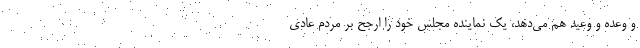
و وعده و وعید هم می‌دهد، یک نماینده مجلس خود را ارجح بر مردم عادی